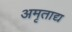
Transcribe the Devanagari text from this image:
अमृताद्य